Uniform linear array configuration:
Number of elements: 4
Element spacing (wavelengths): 1
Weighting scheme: kaiser
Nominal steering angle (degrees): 30
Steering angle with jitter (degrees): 30.171
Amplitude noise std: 0.05
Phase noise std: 0.05

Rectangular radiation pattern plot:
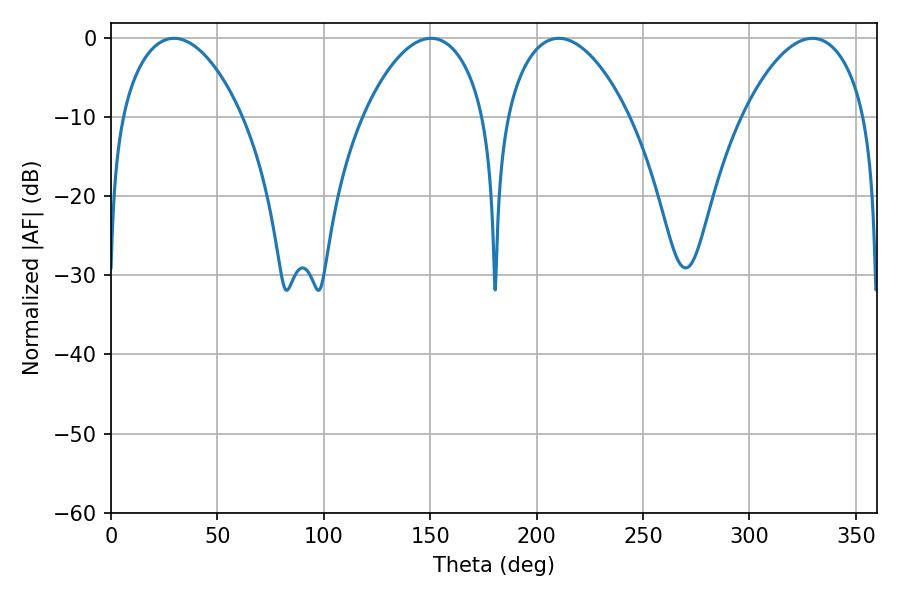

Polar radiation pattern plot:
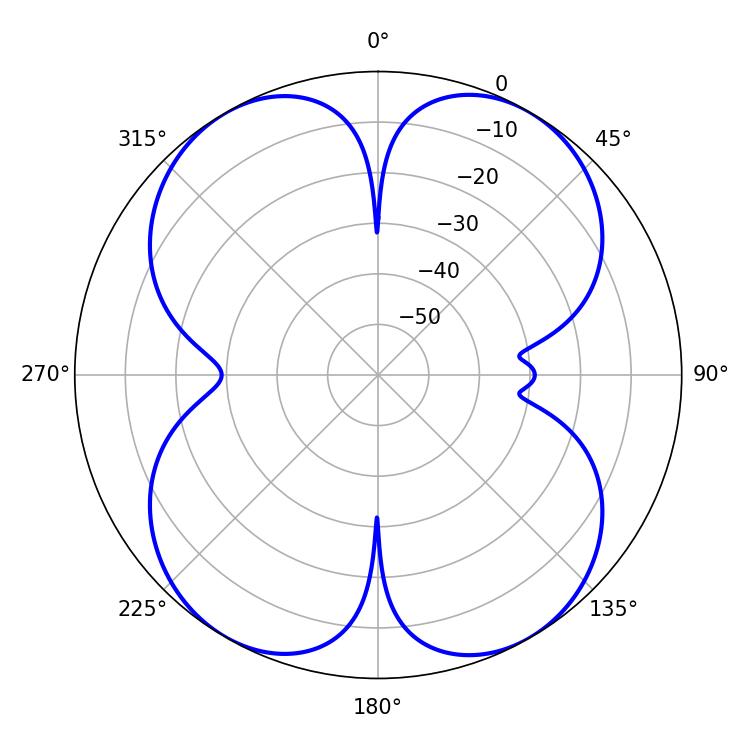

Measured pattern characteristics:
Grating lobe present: TRUE
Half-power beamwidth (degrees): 32.4
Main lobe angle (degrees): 210.42